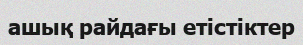
ашық райдағы етістіктер